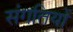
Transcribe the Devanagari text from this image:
संगतियों